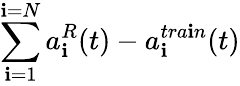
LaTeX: \sum_{\mathbf{i}=1}^{\mathbf{i}=N}a_{\mathbf{i}}^{R}(t)-a_{\mathbf{i}}^{tra\mathbf{i}n}(t)